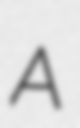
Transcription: A